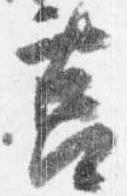
筥